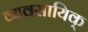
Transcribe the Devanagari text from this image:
व्यवसायिक्